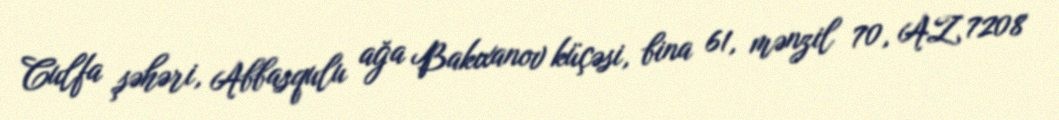
Culfa şəhəri, Abbasqulu ağa Bakıxanov küçəsi, bina 61, mənzil 70, AZ 7208